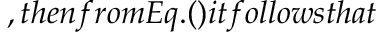
, t h e n f r o m E q . ( ) i t f o l l o w s t h a t